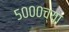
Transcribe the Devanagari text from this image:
५०००च्या